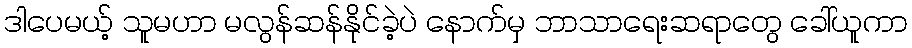
ဒါပေမယ့် သူမဟာ မလွန်ဆန်နိုင်ခဲ့ပဲ နောက်မှ ဘာသာရေးဆရာတွေ ခေါ်ယူကာ